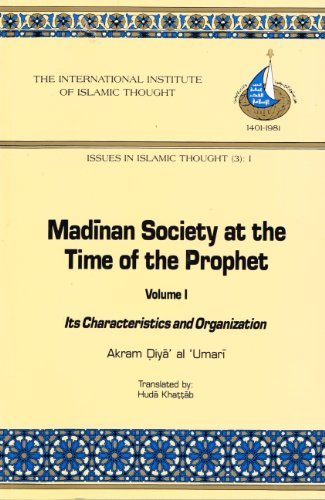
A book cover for Madinan Society at the Time of the Prophet: Its Characteristics and Organization/Issues in Islamic Thought (3 : I); Akram Diya Al Umari; Religion & Spirituality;